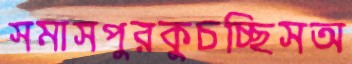
সমাসপুরকুচচ্ছিসঅ